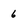
Character: 6